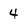
Character: 4